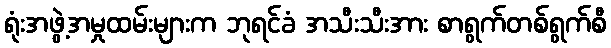
ရုံးအဖွဲ့အမှုထမ်းများက ဘုရင်ခံ အသီးသီးအား စာရွက်တစ်ရွက်စီ